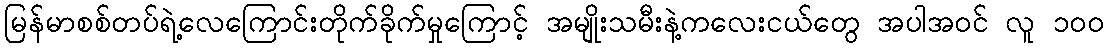
မြန်မာစစ်တပ်ရဲ့လေကြောင်းတိုက်ခိုက်မှုကြောင့် အမျိုးသမီးနဲ့ကလေးငယ်တွေ အပါအဝင် လူ ၁၀၀